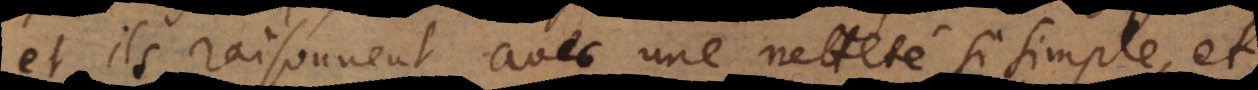
et ils raisonnent avec une netteté si simple, et